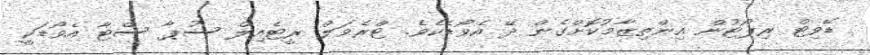
ޑޭވިޓް ރިޕޯޓުން އިންތިޒާމުކޮށްގެން ދޭ އެވޯޑެކެވެ. ޓްރެވަލް ރީޓެއިލް ސުޕާ ސްޓާ އެވޯޑަކީ